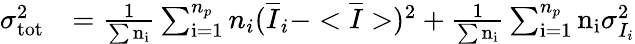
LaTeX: \begin{array}{rl}{\sigma_{\mathrm{tot}}^{2}}&{=\frac{1}{\sum{\mathrm{n_{i}}}}\sum_{\mathrm{i=1}}^{n_{p}}n_{i}(\overline{{I}}_{i}-<\overline{{I}}>)^{2}+\frac{1}{\sum{\mathrm{n_{i}}}}\sum_{\mathrm{i=1}}^{n_{p}}\mathrm{n_{i}}\sigma_{I_{i}}^{2}}\end{array}